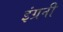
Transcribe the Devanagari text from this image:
इंग्रनी